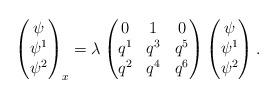
LaTeX: \begin{align*} \begin{pmatrix}\psi \\ \psi^1 \\ \psi^2\end{pmatrix}_x = \lambda\begin{pmatrix}0 & 1 & 0 \\ q^1 & q^3 & q^5 \\ q^2 & q^4 & q^6\end{pmatrix}\begin{pmatrix}\psi \\ \psi^1 \\ \psi^2\end{pmatrix}.\end{align*}